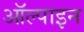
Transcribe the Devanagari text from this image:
ऑल्पाइन